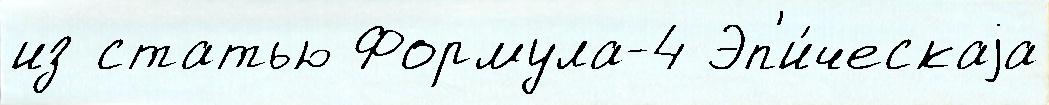
из статью Формула-4 Эп'и́ческаjа